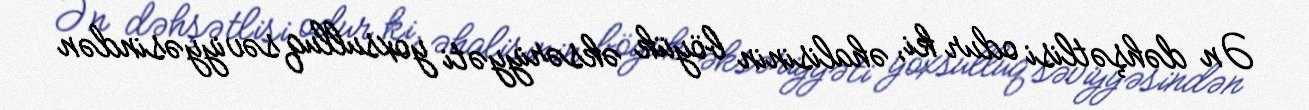
Ən dəhşətlisi odur ki, əhalisinin böyük əksəriyyəti yoxsulluq səviyyəsindən